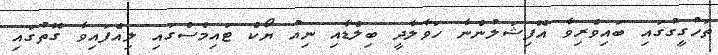
ތަހުގީގުގައި ބައިވެރިވާ އޮފިޝަލުންނާ ހަވާލާދީ ބިލްޑާއި ނިއު ޔޯކް ޓައިމްސްގައި ލިއެފައިވާ ގޮތުގައި